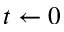
t \leftarrow 0